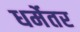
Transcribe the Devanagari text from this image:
धर्मेतर